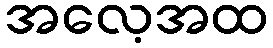
အလေ့အထ